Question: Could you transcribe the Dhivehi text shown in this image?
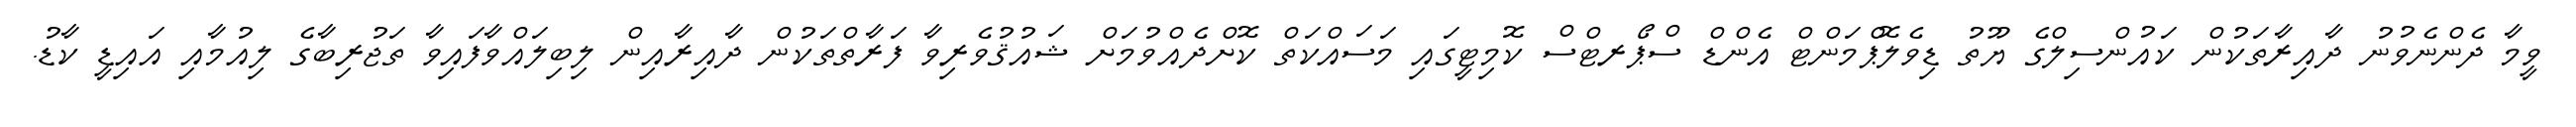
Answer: ވީމާ ދެންނެވުނު ދާއިރާތަކުން ކައުންސިލްގެ ޔޫތު ޑިވެލޮޕްމަންޓް އެންޑް ސްޕޯރޓްސް ކޮމިޓީގައި މަސައްކަތް ކޮށްދެއްވުމަށް ޝައުޤުވެރިވާ ފަރާތްތަކުން ދާއިރާއިން ލިބިލައްވާފައިވާ ތަޖުރިބާގެ ލިއުމާއި އައިޑީ ކާޑު.